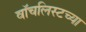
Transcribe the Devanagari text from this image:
वॉचलिस्टच्या